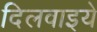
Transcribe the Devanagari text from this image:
दिलवाइये